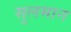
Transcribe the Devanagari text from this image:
सुलमान